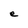
Character: e